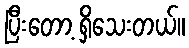
ပြီးတော့ ရှိသေးတယ်။